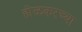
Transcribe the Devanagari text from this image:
होळकरच्या